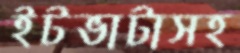
ইটভাটাসহ